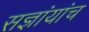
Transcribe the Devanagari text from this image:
सज्ञांयांच